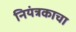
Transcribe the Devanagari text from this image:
नियंत्रकाचा